Plague in India, 1896, 1897 - Volume 2
Year: 1896
Disease focus: Plague
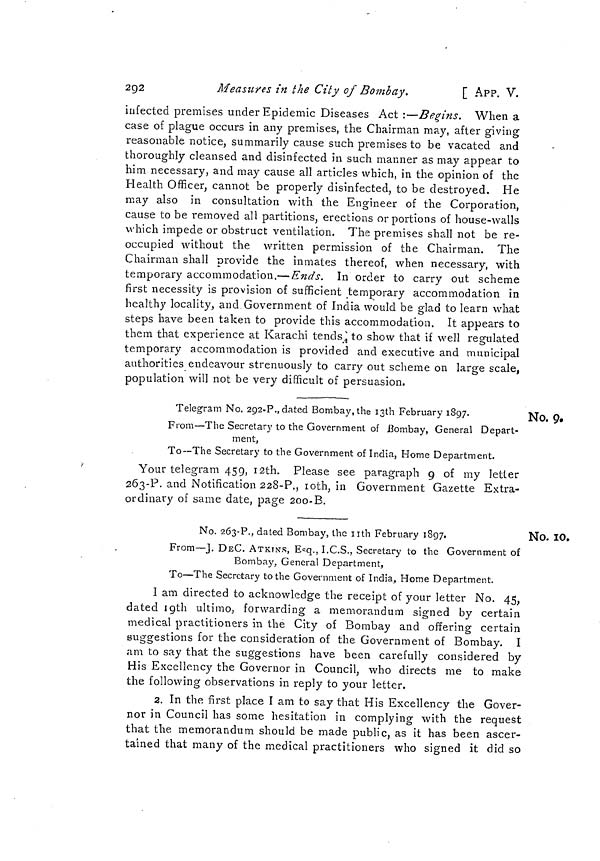
2Q2
Measures in the City of Bombay.
[ APP. V.
infected premises under Epidemic Diseases Act :—Begins. When a
case of plague occurs in any premises, the Chairman may, after giving
reasonable notice, summarily cause such premises to be vacated and
thoroughly cleansed and disinfected in such manner as may appear to
him necessary, and may cause all articles which, in the opinion of the
Health Officer, cannot be properly disinfected, to be destroyed. He
may also in consultation with the Engineer of the Corporation,
cause to be removed all partitions, erections or portions of house-walls
which impede or obstruct ventilation. The premises shall not be re-
occupied without the written permission of the Chairman. The
Chairman shall provide the inmates thereof, when necessary, with
temporary accommodation.— Ends. In order to carry out scheme
first necessity is provision of sufficient temporary accommodation in
healthy locality, and Government of India would be glad to learn what
steps have been taken to provide this accommodation. It appears to
them that experience at Karachi tends\ to show that if well regulated
temporary accommodation is provided and executive and municipal
authorities endeavour strenuously to carry out scheme on large scale,
population will not be very difficult of persuasion.
No. 9.
Telegram No. 292-?., dated Bombay, the ißth February 1897.
From—The Secretary to the Government of Bombay, General Depart-
ment,
To—The Secretary to the Government of India, Home Department.
Your telegram 459, i2th. Please see paragraph 9 of my letter
263-?. and Notification 228-?., loth, in Government Gazette Extra-
ordinary of same date, page 200-B.
No. 10.
No. 263-?., dated Bombay, the nth February 1897.
From—J. DEC. ATKINS, E*q., I.C.S., Secretary to the Government of
Bombay, General Department,
To—The Secretary to the Government of India, Home Department.
I am directed to acknowledge the receipt of your letter No. 45,
dated jgth ultimo, forwarding a memorandum signed by certain
medical practitioners in the City of Bombay and offering certain
suggestions for the consideration of the Government of Bombay. I
am to say that the suggestions have been carefully considered by
His Excellency the Governor in Council, who directs me to make
the following observations in reply to your letter.
2. In the first place I am to say that His Excellency the Gover-
nor in Council has some hesitation in complying with the request
that the memorandum should be made public, as it has been ascer-
tained that many of the medical practitioners who signed it did so